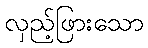
လှည့်ဖြားသော